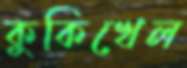
কুকিখেল